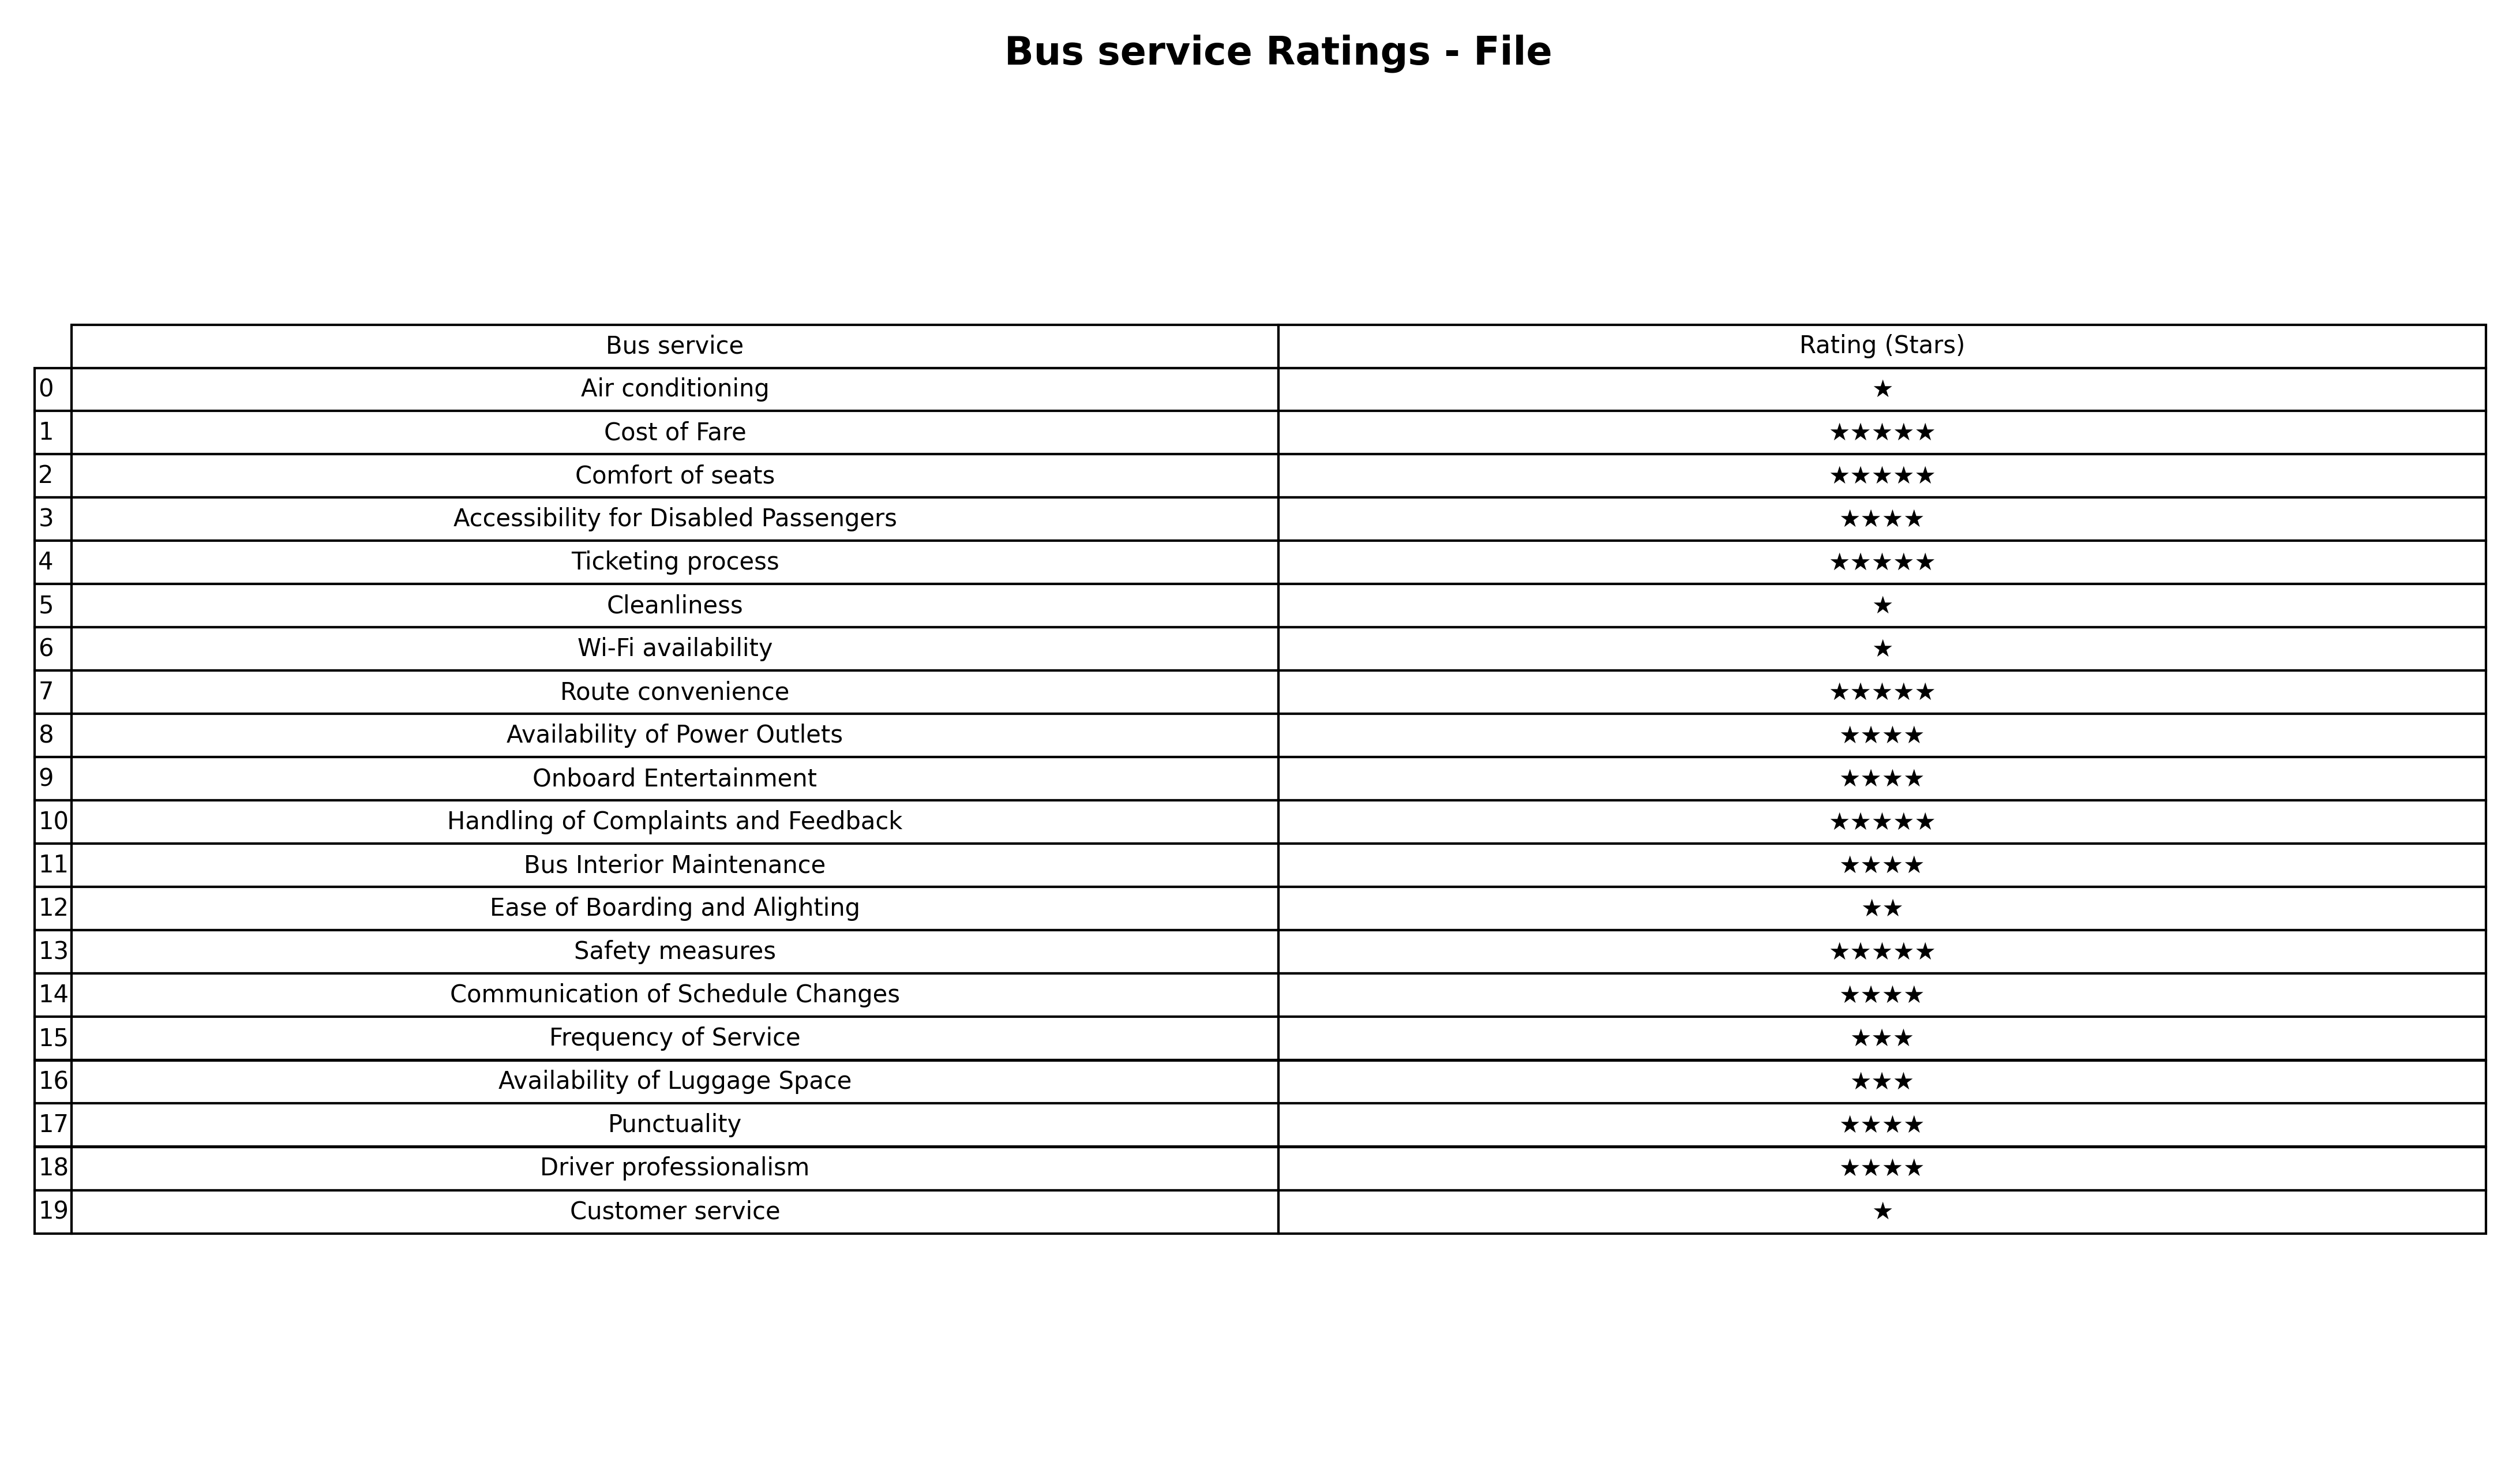
question: What are three star services?
answer: Frequency of ServiceAvailability of Luggage Space